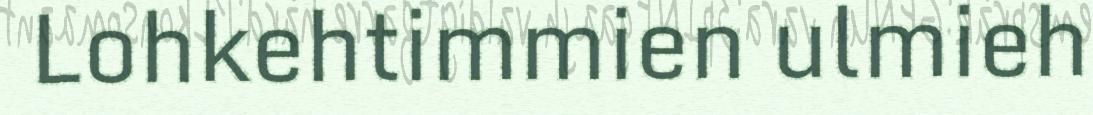
Lohkehtimmien ulmieh